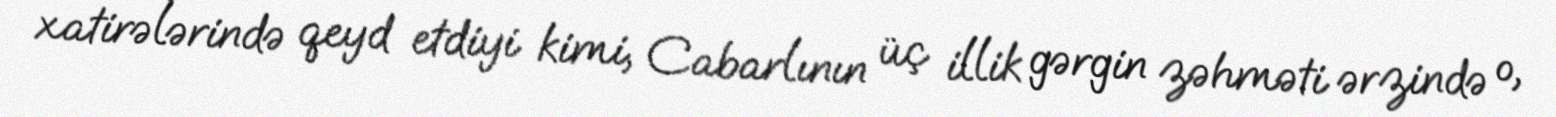
xatirələrində qeyd etdiyi kimi, Cabarlının üç illik gərgin zəhməti ərzində o,